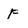
Character: f